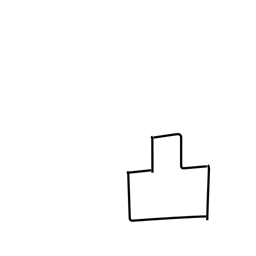
Meaning: convex